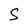
Character: S